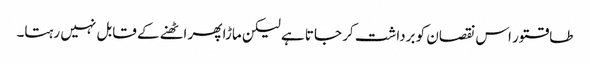
طاقتور اس نقصان کو برداشت کر جاتا ہے لیکن ماڑا پھر اٹھنے کے قابل نہیں رہتا۔